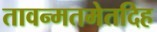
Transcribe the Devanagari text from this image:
तावन्मतमेतदिह